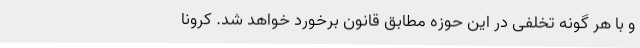
و با هر گونه تخلفی در این حوزه مطابق قانون برخورد خواهد شد. کرونا